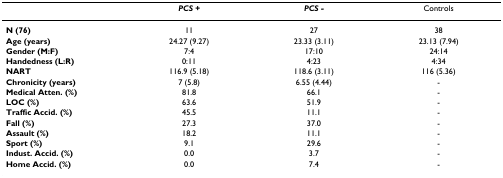
|  | PCS + | PCS - | Controls |
 | --- | --- | --- | --- |
 | N (76) | 11 | 27 | 38 |
 | Age (years) | 24.27 (9.27) | 23.33 (3.11) | 23.13 (7.94) |
 | Gender (M:F) | 7:4 | 17:10 | 24:14 |
 | Handedness (L:R) | 0:11 | 4:23 | 4:34 |
 | NART | 116.9 (5.18) | 118.6 (3.11) | 116 (5.36) |
 | Chronicity (years) | 7 (5.8) | 6.55 (4.44) | - |
 | Medical Atten. (%) | 81.8 | 66.1 | - |
 | LOC (%) | 63.6 | 51.9 | - |
 | Traffic Accid. (%) | 45.5 | 11.1 | - |
 | Fall (%) | 27.3 | 37.0 | - |
 | Assault (%) | 18.2 | 11.1 | - |
 | Sport (%) | 9.1 | 29.6 | - |
 | Indust. Accid. (%) | 0.0 | 3.7 | - |
 | Home Accid. (%) | 0.0 | 7.4 | - |